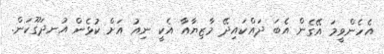
އެހެންވީމަ އޭގެން އެބަ ދައްކައިދޭ މާޒިޔާއާ އެކީ ނިއު އަށް ކުޅެން އުނދަގޫކަން.